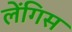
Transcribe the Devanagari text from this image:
लेंगिस